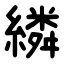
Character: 繗